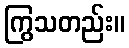
ကြွသတည်း။